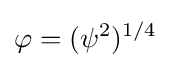
\displaystyle {\varphi =(\psi ^{2})^{1/4}}